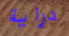
دراية